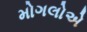
મોગલોએ